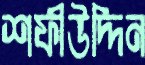
শফীউদ্দিন